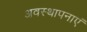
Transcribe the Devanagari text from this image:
अवस्थापनाएं